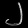
Digit: ၂